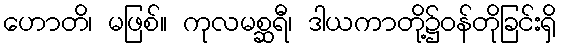
ဟောတိ၊ မဖြစ်။ ကုလမစ္ဆရီ၊ ဒါယကာတို့၌ဝန်တိုခြင်းရှိ